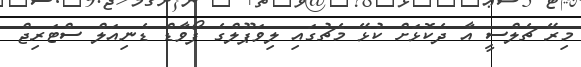
މިރޭ ޗެލްސީ އާ ދެކޮޅަށް ކުޅޭ މެޗުގައި ލިވަޕޫލްގެ ފޯވާޑް ޑެނިއަލް ސްޓަރިޖް